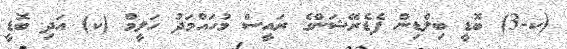
(ކ-3) ބޮޑީ ބިލްޑިން ފެޑެރޭޝަންގެ ރައީސް މުހައްމަދު ހަލީމް (ކ) އަދި ބޮޑީ